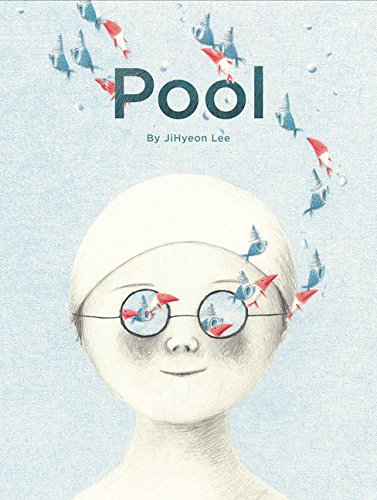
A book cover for Pool; Jihyeon Lee; Children's Books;